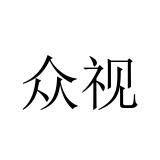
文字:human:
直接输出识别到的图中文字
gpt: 众视